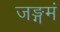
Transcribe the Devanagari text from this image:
जङ्गमं